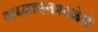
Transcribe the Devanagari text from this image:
अध्यापनशाळेचे